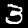
Label: 3